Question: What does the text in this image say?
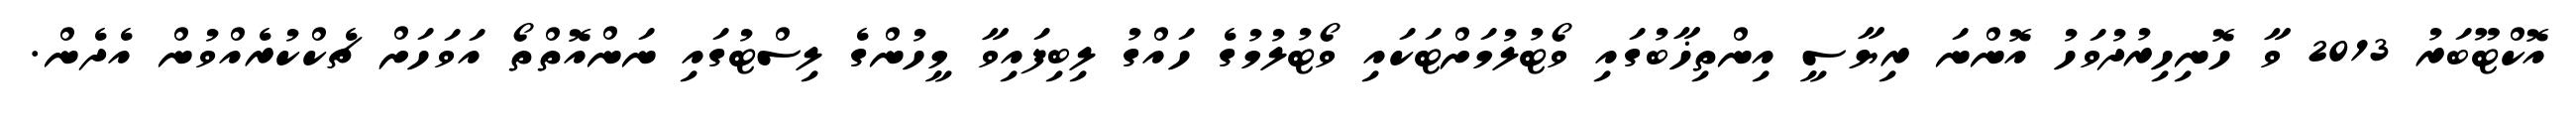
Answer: އޮކްޓޫބަރު 2013 ވާ ހޮނިހިރުދުވަހު އޮންނަ ރިޔާސީ އިންތިޚާބުގައި ވޯޓުލުމަށްޓަކައި ވޯޓުލުމުގެ ހައްގު ލިބިފައިވާ މީހުންގެ ލިސްޓުގައި ނަންއޮތްތޯ އަވަހަށް ޗެކްކުރެއްވުން އެދެން.